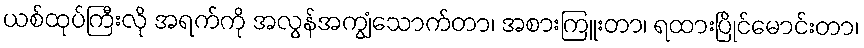
ယစ်ထုပ်ကြီးလို အရက်ကို အလွန်အကျွံသောက်တာ၊ အစားကြူးတာ၊ ရထားပြိုင်မောင်းတာ၊